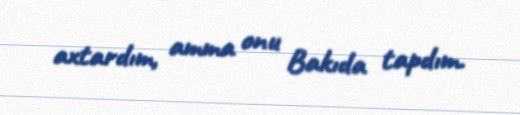
axtardım, amma onu Bakıda tapdım.